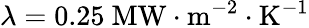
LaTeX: \lambda=0.25~\mathrm{MW\cdot m^{-2}\cdot K^{-1}}